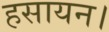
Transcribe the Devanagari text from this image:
हसायन।